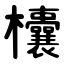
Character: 欜